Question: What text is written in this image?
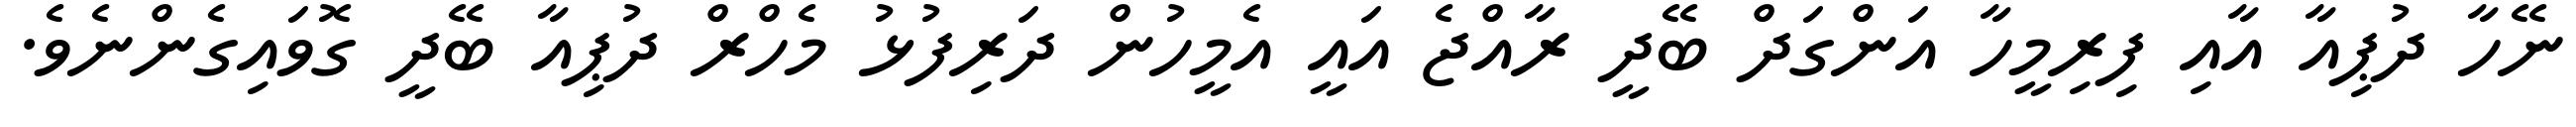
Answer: ނޭހާ ދުޕިއާ އާއި ފިރިމީހާ އަންގަދް ބޭދީ ރާއްޖެ އައީ އެމީހުން ދަރިފުޅު މެހްރް ދުޕިއާ ބޭދީ ގޮވައިގެންނެވެ.